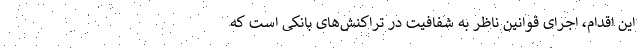
این اقدام، اجرای قوانین ناظر به شفافیت در تراکنش‌های بانکی است که